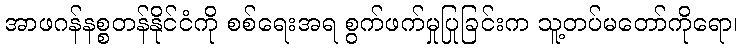
အာဖဂန်နစ္စတန်နိုင်ငံကို စစ်ရေးအရ စွက်ဖက်မှုပြုခြင်းက သူ့တပ်မတော်ကိုရော၊